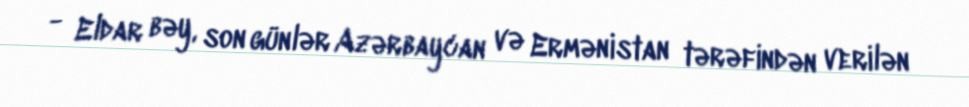
- Eldar bəy, son günlər Azərbaycan və Ermənistan tərəfindən verilən